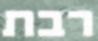
רבת